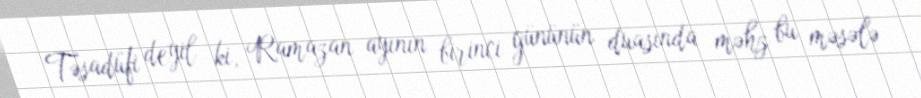
Təsadüfi deyil ki, Ramazan ayının birinci gününün duasında məhz bu məsələ